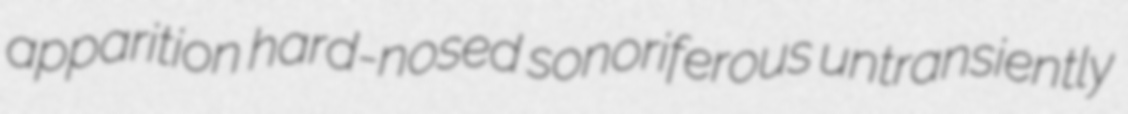
apparition hard-nosed sonoriferous untransiently